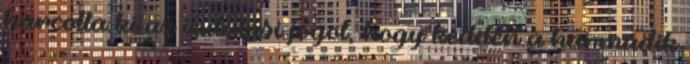
harcolta ki az indulási jogot, hogy kedden a harmadik